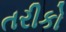
તરીકો